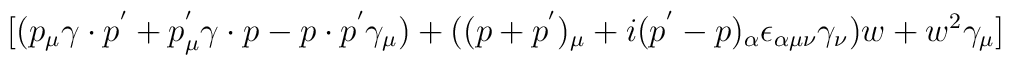
\lbrack (p_{\mu }\gamma \cdot p^{^{\prime }}+p_{\mu }^{^{\prime }}\gamma\cdot p-p\cdot p^{^{\prime }}\gamma _{\mu })+((p+p^{^{\prime }})_{\mu}+i(p^{^{\prime }}-p)_{\alpha }\epsilon _{\alpha \mu \nu }\gamma _{\nu})w+w^{2}\gamma _{\mu }]